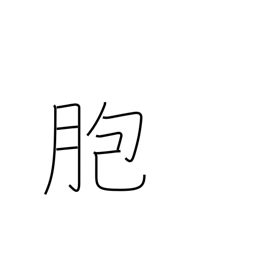
Meaning: sheath